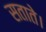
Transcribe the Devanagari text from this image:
सताते।